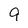
Character: 9